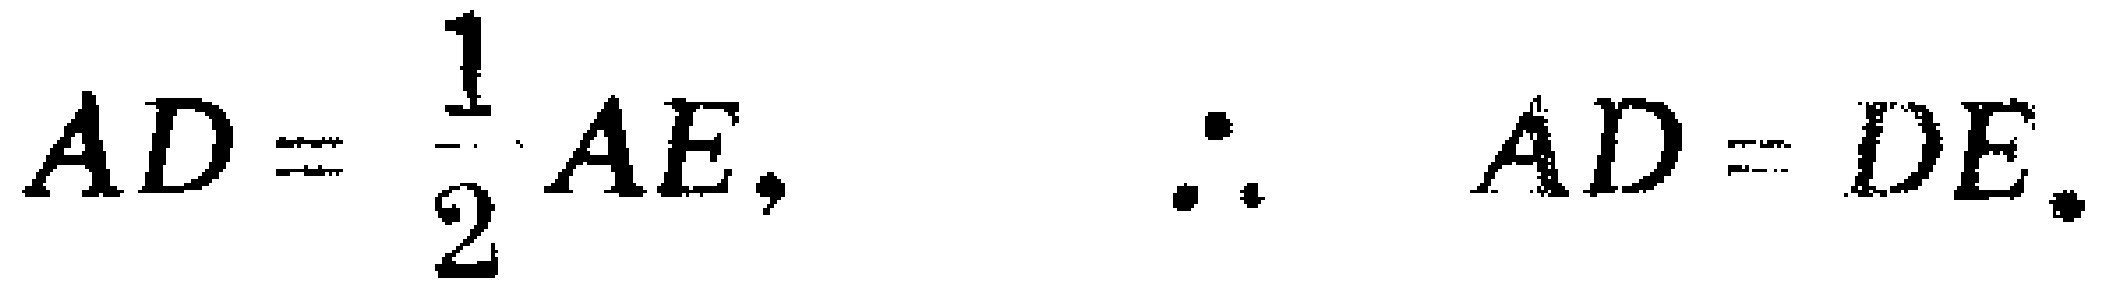
$AD = \frac{1}{2}AE,\ \ \ \therefore\ \ AD = DE.$